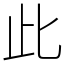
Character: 此